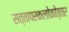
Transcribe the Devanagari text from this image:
सत्तापरकलोकोत्तर